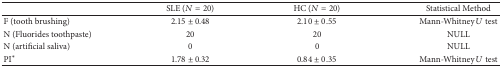
|  | SLE (N = 20) | HC (N = 20) | Statistical Method |
 | --- | --- | --- | --- |
 | F (tooth brushing) | 2.15 ± 0.48 | 2.10 ± 0.55 | Mann-Whitney U test |
 | N (Fluorides toothpaste) | 20 | 20 | NULL |
 | N (artificial saliva) | 0 | 0 | NULL |
 | PI∗ | 1.78 ± 0.32 | 0.84 ± 0.35 | Mann-Whitney U test |